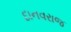
દાનવરાજ